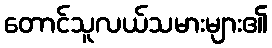
တောင်သူလယ်သမားများ၏